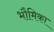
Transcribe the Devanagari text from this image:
भौमिका